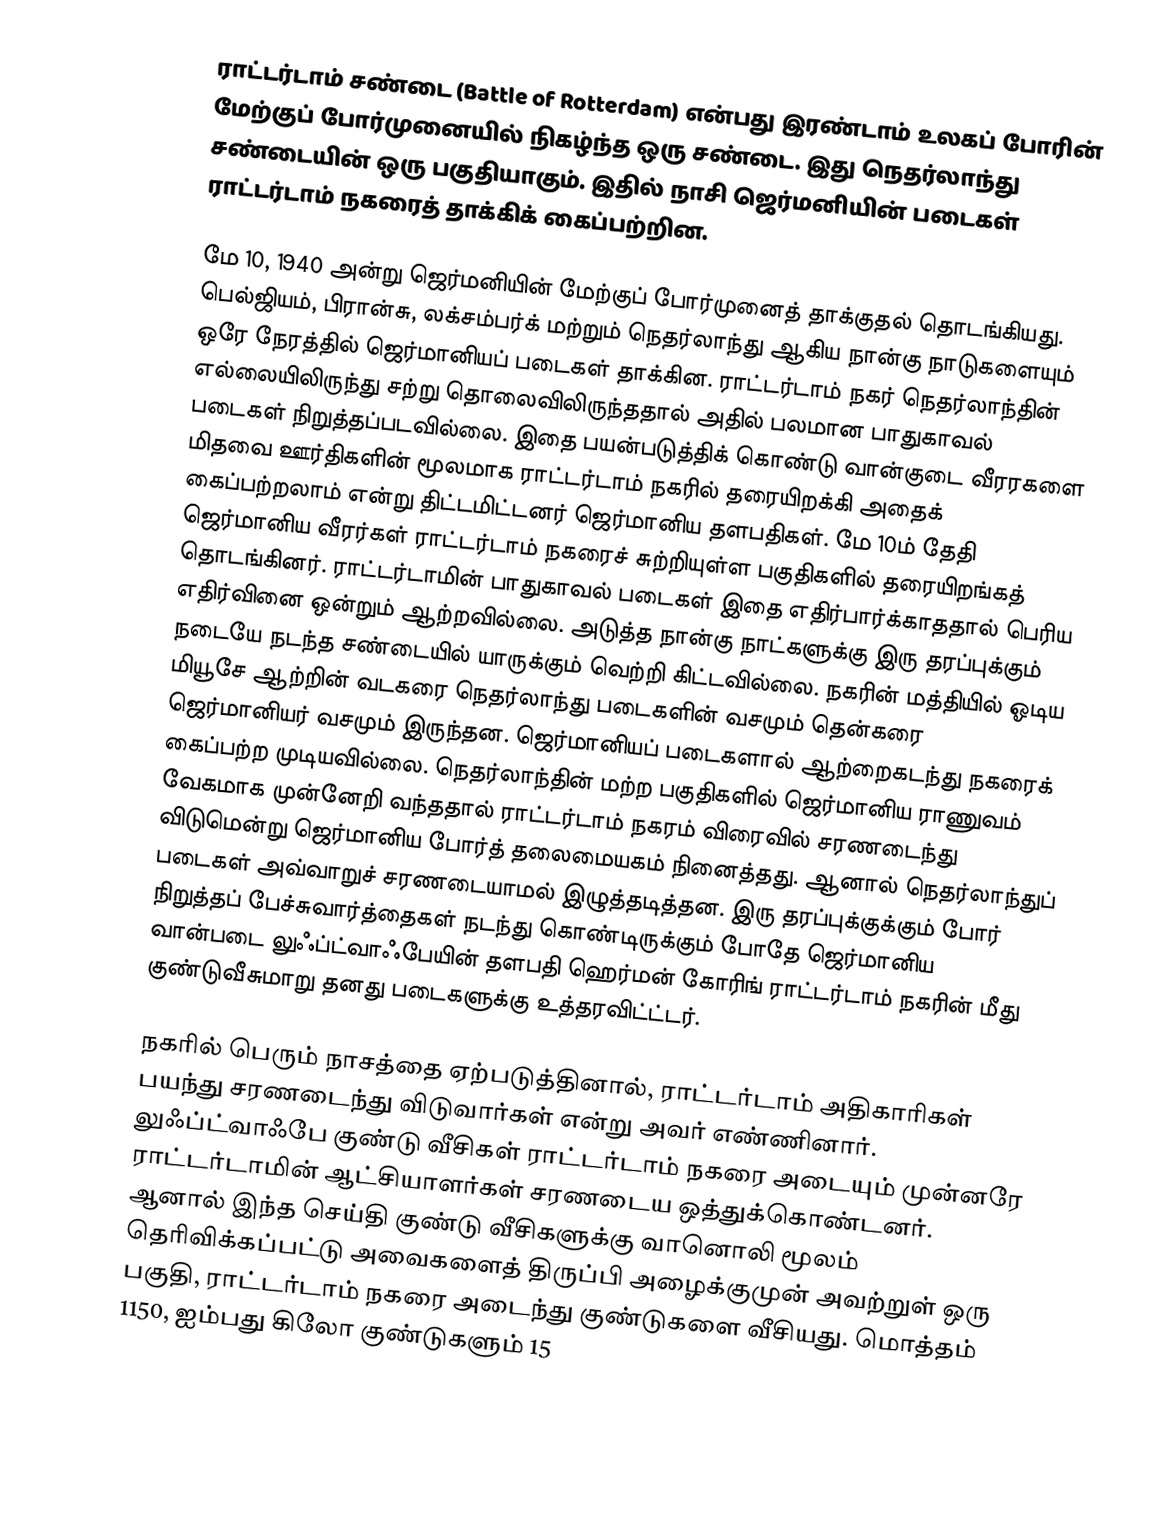
ராட்டர்டாம் சண்டை (Battle of Rotterdam) என்பது இரண்டாம் உலகப் போரின் மேற்குப் போர்முனையில் நிகழ்ந்த ஒரு சண்டை. இது நெதர்லாந்து சண்டையின் ஒரு பகுதியாகும். இதில் நாசி ஜெர்மனியின் படைகள் ராட்டர்டாம் நகரைத் தாக்கிக் கைப்பற்றின.

மே 10, 1940 அன்று ஜெர்மனியின் மேற்குப் போர்முனைத் தாக்குதல் தொடங்கியது. பெல்ஜியம், பிரான்சு, லக்சம்பர்க் மற்றும் நெதர்லாந்து ஆகிய நான்கு நாடுகளையும் ஒரே நேரத்தில் ஜெர்மானியப் படைகள் தாக்கின. ராட்டர்டாம் நகர் நெதர்லாந்தின் எல்லையிலிருந்து சற்று தொலைவிலிருந்ததால் அதில் பலமான பாதுகாவல் படைகள் நிறுத்தப்படவில்லை. இதை பயன்படுத்திக் கொண்டு வான்குடை வீரரகளை மிதவை ஊர்திகளின் மூலமாக ராட்டர்டாம் நகரில் தரையிறக்கி அதைக் கைப்பற்றலாம் என்று திட்டமிட்டனர் ஜெர்மானிய தளபதிகள். மே 10ம் தேதி ஜெர்மானிய வீரர்கள் ராட்டர்டாம் நகரைச் சுற்றியுள்ள பகுதிகளில் தரையிறங்கத் தொடங்கினர். ராட்டர்டாமின் பாதுகாவல் படைகள் இதை எதிர்பார்க்காததால் பெரிய எதிர்வினை ஒன்றும் ஆற்றவில்லை. அடுத்த நான்கு நாட்களுக்கு இரு தரப்புக்கும் நடையே நடந்த சண்டையில் யாருக்கும் வெற்றி கிட்டவில்லை. நகரின் மத்தியில் ஓடிய மியூசே ஆற்றின் வடகரை நெதர்லாந்து படைகளின் வசமும் தென்கரை ஜெர்மானியர் வசமும் இருந்தன. ஜெர்மானியப் படைகளால் ஆற்றைகடந்து நகரைக் கைப்பற்ற முடியவில்லை. நெதர்லாந்தின் மற்ற பகுதிகளில் ஜெர்மானிய ராணுவம் வேகமாக முன்னேறி வந்ததால் ராட்டர்டாம் நகரம் விரைவில் சரணடைந்து விடுமென்று ஜெர்மானிய போர்த் தலைமையகம் நினைத்தது. ஆனால் நெதர்லாந்துப் படைகள் அவ்வாறுச் சரணடையாமல் இழுத்தடித்தன. இரு தரப்புக்குக்கும் போர் நிறுத்தப் பேச்சுவார்த்தைகள் நடந்து கொண்டிருக்கும் போதே ஜெர்மானிய வான்படை லுஃப்ட்வாஃபேயின் தளபதி ஹெர்மன் கோரிங் ராட்டர்டாம் நகரின் மீது குண்டுவீசுமாறு தனது படைகளுக்கு உத்தரவிட்ட்டர்.

நகரில் பெரும் நாசத்தை ஏற்படுத்தினால், ராட்டர்டாம் அதிகாரிகள் பயந்து சரணடைந்து விடுவார்கள் என்று அவர் எண்ணினார். லுஃப்ட்வாஃபே குண்டு வீசிகள் ராட்டர்டாம் நகரை அடையும் முன்னரே ராட்டர்டாமின் ஆட்சியாளர்கள் சரணடைய ஒத்துக்கொண்டனர். ஆனால் இந்த செய்தி குண்டு வீசிகளுக்கு வானொலி மூலம் தெரிவிக்கப்பட்டு அவைகளைத் திருப்பி அழைக்குமுன் அவற்றுள் ஒரு பகுதி, ராட்டர்டாம் நகரை அடைந்து குண்டுகளை வீசியது. மொத்தம் 1150, ஐம்பது கிலோ குண்டுகளும் 15